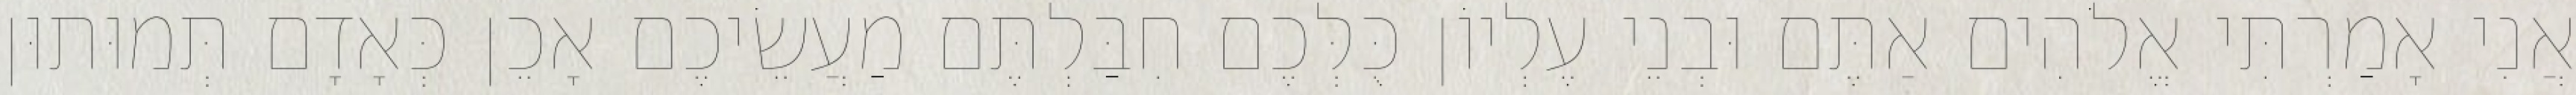
אֲנִי אָמַרְתִּי אֱלֹהִים אַתֶּם וּבְנֵי עֶלְיוֹן כֻּלְּכֶם חִבַּלְתֶּם מַעֲשֵׂיכֶם אָכֵן כְּאָדָם תְּמוּתוּן